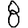
Digit: 8